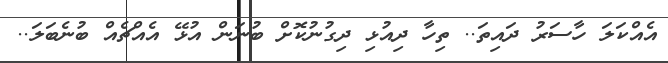
އެއްކަލަ ހާސަރު ދައިތަ.. ތިހާ ދިއުޅި ދިގުނުކޮށް ބުނަން އުޅޭ އެއްޗެއް ބުނެބަލަ..